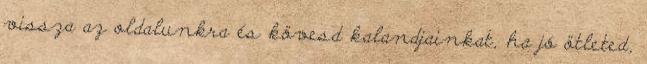
vissza az oldalunkra és kövesd kalandjainkat, ha jó ötleted,